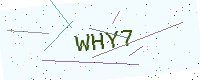
Text: WHY7